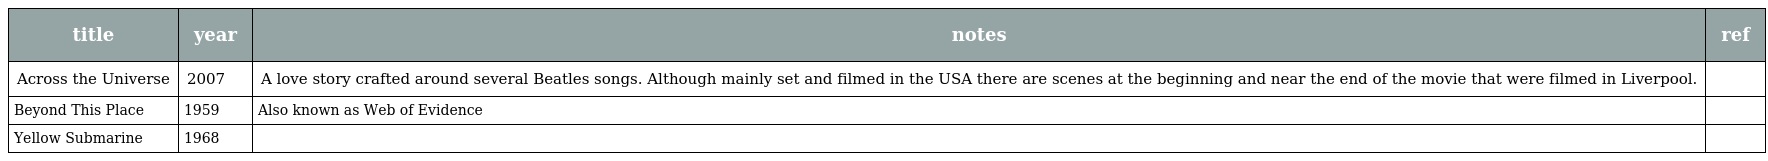
| title | year | notes | ref |
 | --- | --- | --- | --- |
 | Across the Universe | 2007 | A love story crafted around several Beatles songs. Although mainly set and filmed in the USA there are scenes at the beginning and near the end of the movie that were filmed in Liverpool. |  |
 | Beyond This Place | 1959 | Also known as Web of Evidence |  |
 | Yellow Submarine | 1968 |  |  |